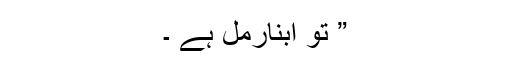
” تو ابنارمل ہے ۔